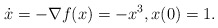
\begin{align*} \dot{x} = -\nabla f(x) = -x^3, x(0) = 1. \end{align*}